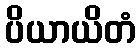
ပိယာယိတံ